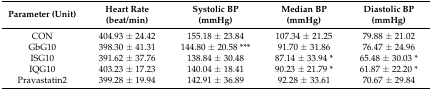
| Parameter (Unit) | Heart Rate (beat/min) | Systolic BP (mmHg) | Median BP (mmHg) | Diastolic BP (mmHg) |
 | --- | --- | --- | --- | --- |
 | CON | 404.93 ± 24.42 | 155.18 ± 23.84 | 107.34 ± 21.25 | 79.88 ± 21.02 |
 | GbG10 | 398.30 ± 41.31 | 144.80 ± 20.58 *** | 91.70 ± 31.86 | 76.47 ± 24.96 |
 | ISG10 | 391.62 ± 37.76 | 138.84 ± 30.48 | 87.14 ± 33.94 * | 65.48 ± 30.03 * |
 | IQG10 | 403.23 ± 17.23 | 140.04 ± 18.41 | 90.23 ± 21.79 * | 61.87 ± 22.20 * |
 | Pravastatin2 | 399.28 ± 19.94 | 142.91 ± 36.89 | 92.28 ± 33.61 | 70.67 ± 29.84 |